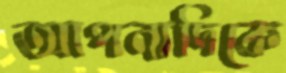
আপনাদিকে